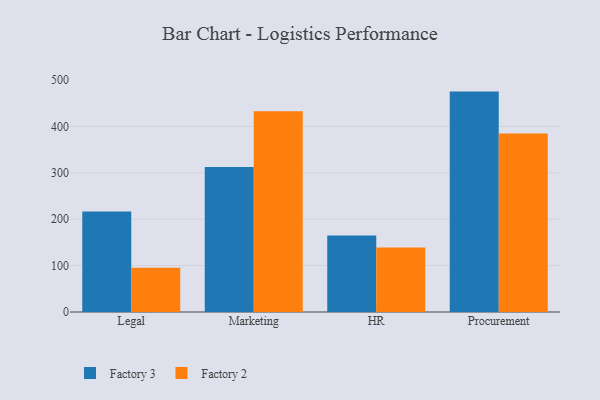
{"axis": {"x": "Department", "y": "Active Users"}, "legend": ["Factory 2", "Factory 3"], "data": [{"x": "Legal", "y": 216.4, "type": "Factory 3"}, {"x": "Legal", "y": 95.5, "type": "Factory 2"}, {"x": "Marketing", "y": 312.4, "type": "Factory 3"}, {"x": "Marketing", "y": 432.5, "type": "Factory 2"}, {"x": "HR", "y": 164.8, "type": "Factory 3"}, {"x": "HR", "y": 139.0, "type": "Factory 2"}, {"x": "Procurement", "y": 475.0, "type": "Factory 3"}, {"x": "Procurement", "y": 384.6, "type": "Factory 2"}]}